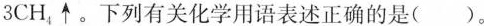
3 CH _ { 4 } \uparrow$$。下列有关化学用语表述正确的是()。